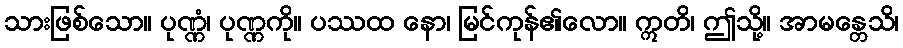
သားဖြစ်သော။ ပုဏ္ဏံ၊ ပုဏ္ဏကို။ ပဿထ နော၊ မြင်ကုန်၏လော။ ဣတိ၊ ဤသို့။ အာမန္တေသိ၊